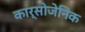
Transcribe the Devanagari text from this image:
कार्सोजेनिक